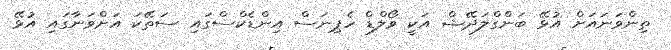
ތިންވަނައަށް އުޅޭ ބަންގްލަދޭޝް އަކީ ވޯލްޑް ހެޕިނަސް އިންޑެކްސްގައި ސަތޭކަ އަށްވަނާގައި އުޅޭ